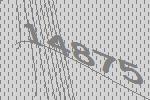
14875